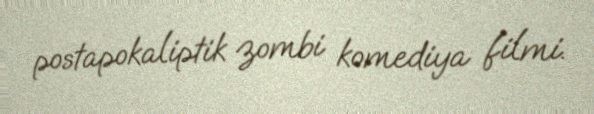
postapokaliptik zombi komediya filmi.